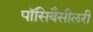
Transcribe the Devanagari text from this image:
पॉसिबैसीलरी